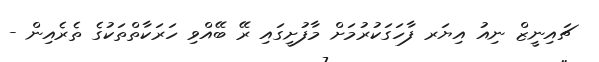
ޗައިނީޒް ނިއު އިޔަރ ފާހަގަކުރުމަށް މާފުށީގައި ރޭ ބޭއްވި ހަރަކާތްތަކުގެ ތެރެއިން -